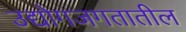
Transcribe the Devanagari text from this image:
उद्योगजगतातील